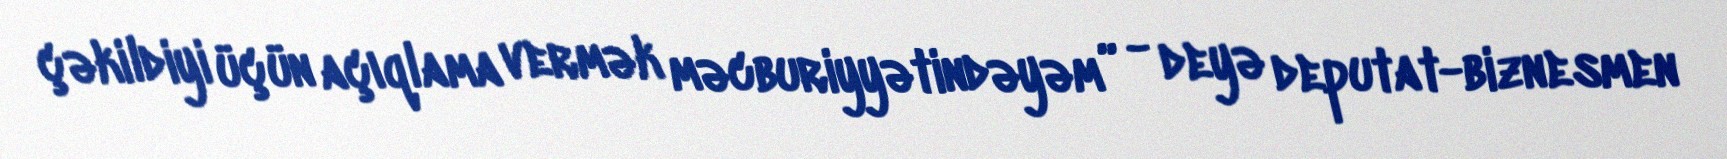
çəkildiyi üçün açıqlama vermək məcburiyyətindəyəm” - deyə deputat-biznesmen